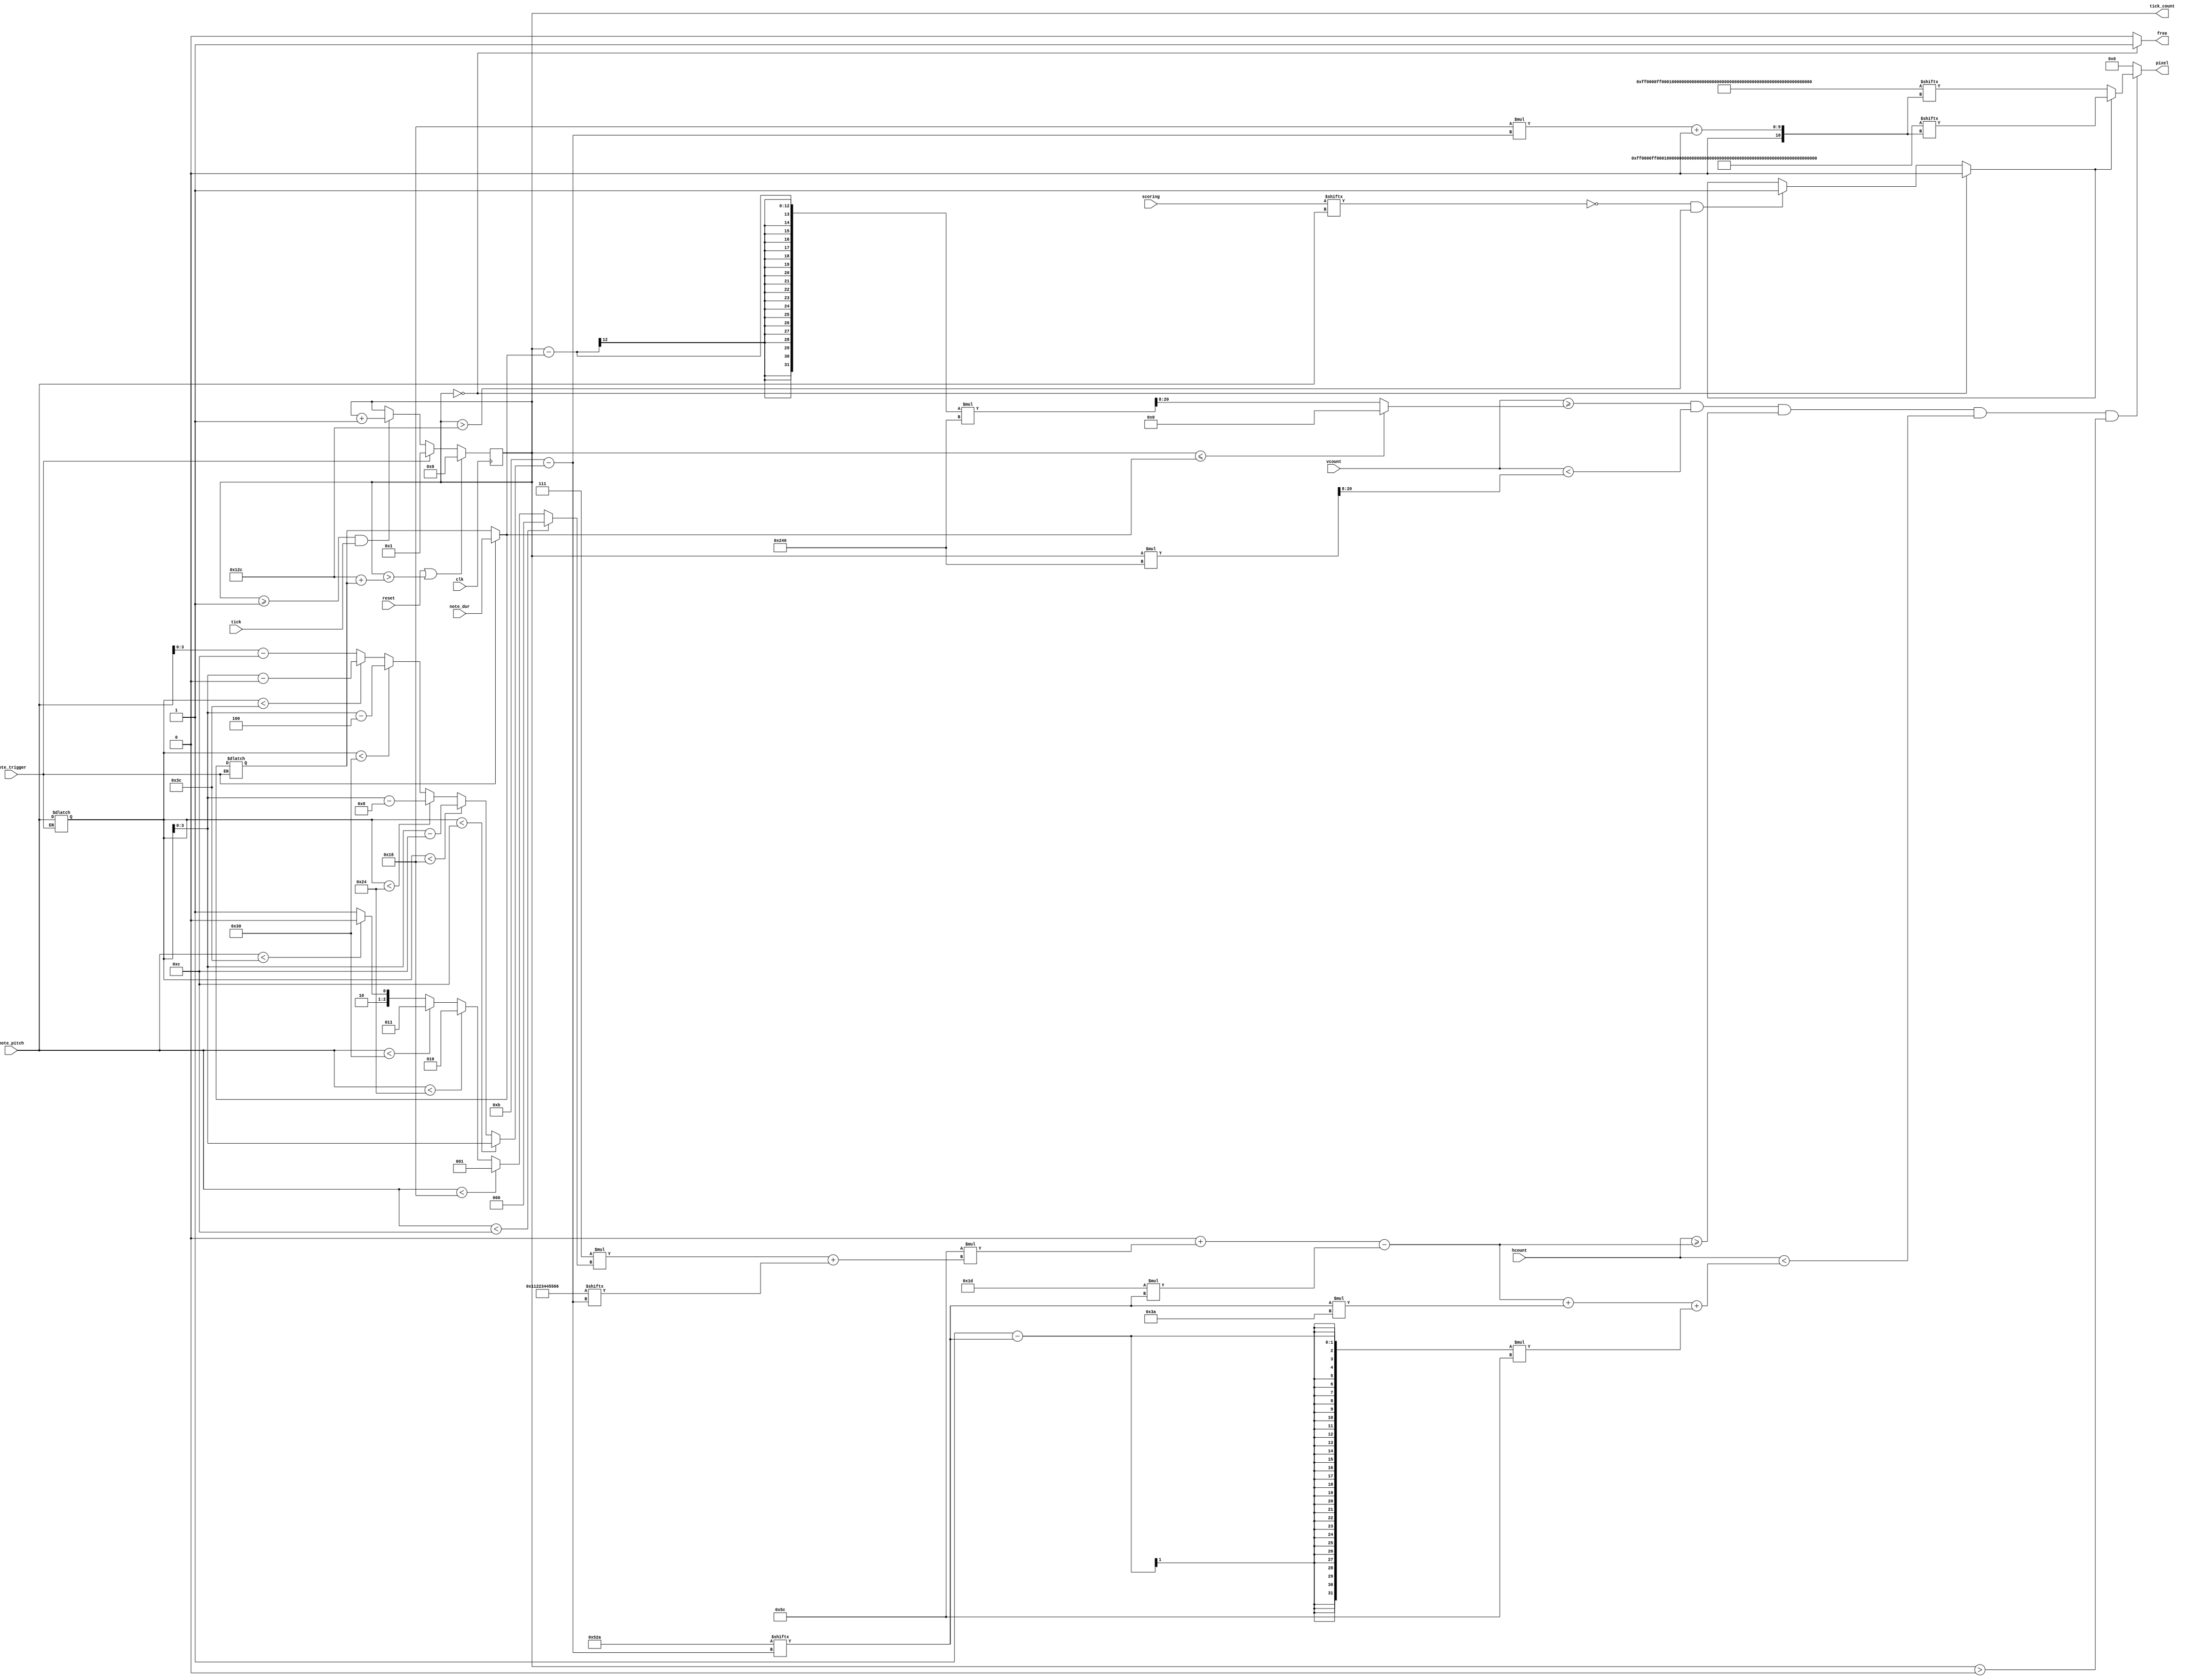
`timescale 1ns / 1ps
module note_sprite #(
	parameter LOOK_AHEAD = 300, //3 second look ahead if tick is 10ms
	parameter Y_PRESS=10'd676,
	parameter WHITE_KEY_WIDTH=92,
	parameter BLACK_KEY_WIDTH=58,
	parameter X_MIN=11'd0,
	parameter Y_MIN=10'd0,
	parameter Y_MAX=10'd767,
	parameter BAD_COLOR_TABLE= //288 bit good bad lookup table
		288'hFF0000_FF0000_FF0000_FF0000_FF0000_FF0000_FF0000_FF0000_FF0000_FF0000_FF0000_FF0000,
	parameter GOOD_COLOR_TABLE= //288 bit good color lookup table
		288'h0000FF_0000FF_0000FF_0000FF_0000FF_0000FF_0000FF_0000FF_0000FF_0000FF_0000FF_0000FF
	)
    (input clk,
    input reset,
    input [5:0] note_pitch,
    input [11:0] note_dur,
    input note_trigger,
    input tick,
    input [60:0] scoring,
    input [10:0] hcount,
    input [9:0] vcount,
	 //DEBUG
	 output reg [11:0] tick_count,
	 //END DEBUG
    output reg free,
    output [23:0] pixel
    );
	 
	localparam BLACK_KEY_LUT = 12'b01010_0101010;
	localparam SLOT_OFFSET_TABLE = 48'h01122_3445566;
	
	//movement parameters
	localparam WINDOW_HEIGHT = Y_PRESS - Y_MIN;
	localparam MULTIPLIER_NUM = ((WINDOW_HEIGHT * 256) / LOOK_AHEAD);
	localparam MULTIPLIER_DIV_BITS = 8;
	
	reg [5:0] pitch; //stores the current pitch being processed.  Unspecified while idle.
	reg [11:0] dur;
	reg is_missed; //goes high if user misses the note
	//DEBUG reg [11:0] tick_count;

	//logical variables
	wire [3:0] tone;
	wire [2:0] octave;
	wire [5:0] slot;
	wire is_black_key;
	wire [3:0] index;
	assign index = (4'd11 - tone);
	
	assign tone = (pitch < 12 ? pitch :
						(pitch < 24 ? pitch - 12 :
						(pitch < 36 ? pitch - 24 :
						(pitch <  48 ? pitch - 36 :
						(pitch < 60 ? pitch - 48 : note_pitch - 60)))));
	assign octave = (note_pitch < 12 ? 0 :
						(note_pitch < 24 ? 1 :
						(note_pitch < 36 ? 2 :
						(note_pitch <  48 ? 3 :
						(note_pitch < 60 ? 4 : 5)))));
						
	assign slot = 7*octave + SLOT_OFFSET_TABLE[index];
	assign is_black_key = BLACK_KEY_LUT[index];


	// color variables
	wire [23:0] color_good;
	wire [23:0] color_bad;
	wire [23:0] current_color;
	
	assign color_good = GOOD_COLOR_TABLE[24*index+:24];
	assign color_bad = BAD_COLOR_TABLE[24*index+:24];
	assign current_color = is_missed ? color_bad : color_good;
	
	// position variables
	wire [10:0] note_x_low = X_MIN + WHITE_KEY_WIDTH*slot - (BLACK_KEY_WIDTH >> 1)*is_black_key;
	wire [10:0] note_x_high = note_x_low+ is_black_key*BLACK_KEY_WIDTH + (1-is_black_key)*WHITE_KEY_WIDTH;
	reg [12:0] note_y_low; //these vary tick to tick
	reg [12:0] note_y_high; //these vary tick to tick
	
	//Here is the rendering.
	assign pixel = (vcount >= note_y_low && vcount < note_y_high &&
							hcount >= note_x_low && hcount < note_x_high &&
							tick_count > 0) ? current_color : 24'b0;
	
	initial begin
		pitch = 0;
		dur = 0;
		free = 1;
		is_missed = 0;
		note_y_low = 0;
		note_y_high = 0;
		tick_count = 0;
	end
	
	always @(posedge clk) begin
		if (reset || (tick_count > LOOK_AHEAD + dur)) begin
			tick_count <= 0;
		end
		else if (note_trigger) begin
			tick_count <= 1;
		end
		else if (tick_count >= 1 && tick) begin
			tick_count <= tick_count + 1;
		end
	end
	
	always @* begin
		pitch = note_trigger ? note_pitch : pitch;
		dur = note_trigger ? note_dur : dur;
		free = (tick_count == 0) ? 1 : 0;
		is_missed = (tick_count==0 ? 0 : 
							((~scoring[pitch] && tick_count > LOOK_AHEAD) ? 1 : is_missed));
		note_y_low = (tick_count <= dur) ? Y_MIN : (((tick_count - dur) * MULTIPLIER_NUM) >> MULTIPLIER_DIV_BITS); 
		note_y_high = ((tick_count * MULTIPLIER_NUM) >> MULTIPLIER_DIV_BITS);
	end
endmodule